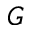
G